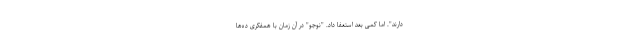
دارند". اما کمی بعد استعفا داد. "نوجو" در آن زمان با همفکری ده‌ها